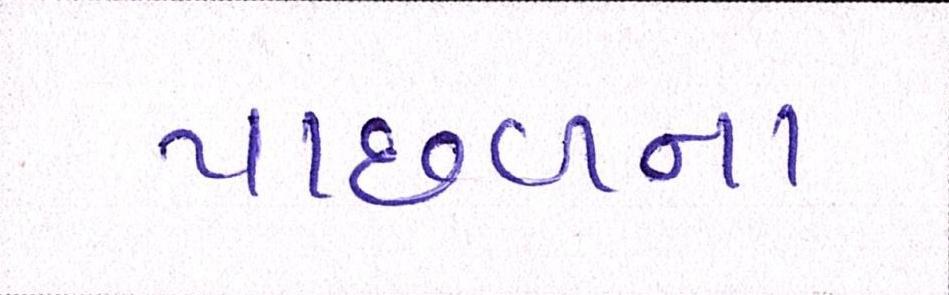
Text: પાછળના